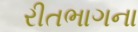
રીતભાગના